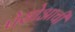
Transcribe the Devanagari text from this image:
पेसोआची